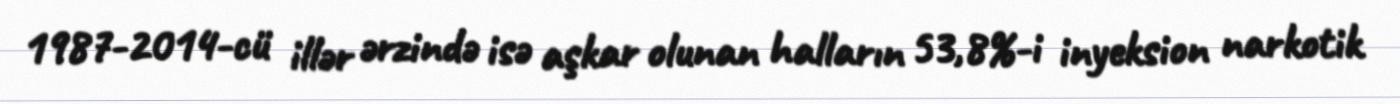
1987-2014-cü illər ərzində isə aşkar olunan halların 53,8%-i inyeksion narkotik